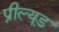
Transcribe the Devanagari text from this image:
प्रील्यूड